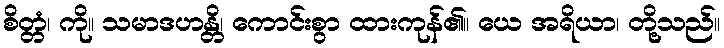
စိတ္တံ၊ ကို။ သမာဒဟန္တိ၊ ကောင်းစွာ ထားကုန်၏။ ယေ အရိယာ၊ တို့သည်။